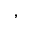
,